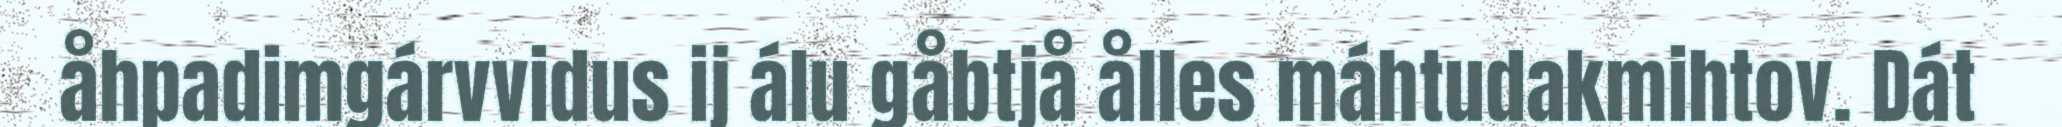
åhpadimgárvvidus ij álu gåbtjå ålles máhtudakmihtov. Dát